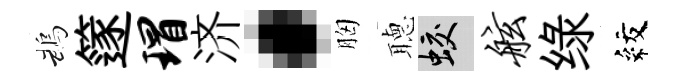
鵡篴瑁济·胸𦗟蛟舷绿紋